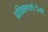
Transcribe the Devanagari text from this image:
प्रशिक्षणार्थंींनी